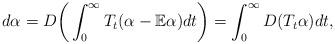
LaTeX: \begin{align*}d\alpha=D\bigg(\int^\infty_0 T_t(\alpha-\mathbb{E}\alpha)dt\bigg)=\int^\infty_0 D(T_t \alpha) dt,\end{align*}